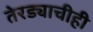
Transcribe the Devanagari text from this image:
तेरड्याचीही